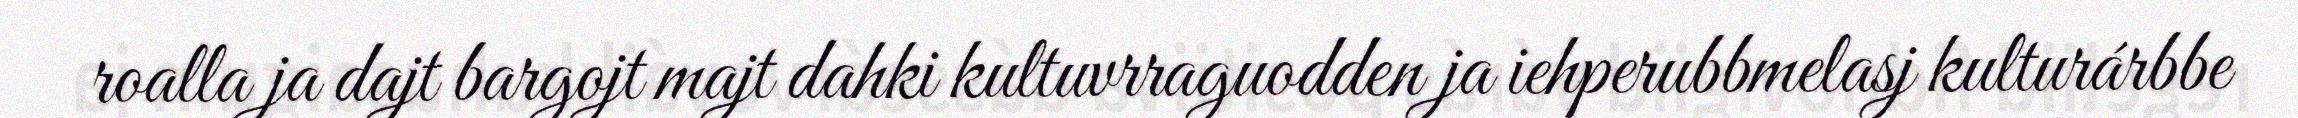
roalla ja dajt bargojt majt dahki kultuvrraguodden ja iehperubbmelasj kulturárbbe